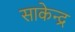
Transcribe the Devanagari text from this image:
साकेन्द्र